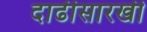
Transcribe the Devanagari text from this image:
दाढीसारखी